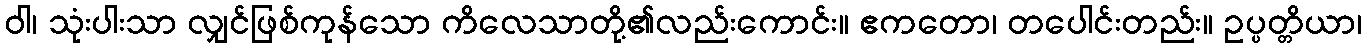
ဝါ၊ သုံးပါးသာ လျှင်ဖြစ်ကုန်သော ကိလေသာတို့၏လည်းကောင်း။ ဧကတော၊ တပေါင်းတည်း။ ဥပ္ပတ္တိယာ၊